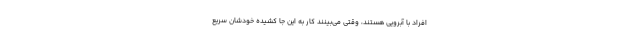
افراد با آبرویی هستند، وقتی می‌بینند کار به این جا کشیده خودشان سریع